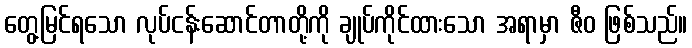
တွေ့မြင်ရသော လုပ်ငန်းဆောင်တာတို့ကို ချုပ်ကိုင်ထားသော အရာမှာ ဇီဝ ဖြစ်သည်။